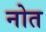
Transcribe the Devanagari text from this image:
नोत